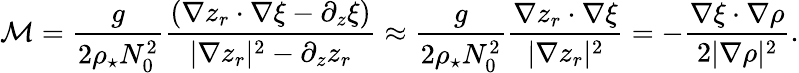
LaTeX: {\cal M}=\frac{g}{2\rho_{\star}N_{0}^{2}}\frac{(\nabla z_{r}\cdot\nabla\xi-\partial_{z}\xi)}{|\nabla z_{r}|^{2}-\partial_{z}z_{r}}\approx\frac{g}{2\rho_{\star}N_{0}^{2}}\frac{\nabla z_{r}\cdot\nabla\xi}{|\nabla z_{r}|^{2}}=-\frac{\nabla\xi\cdot\nabla\rho}{2|\nabla\rho|^{2}}.